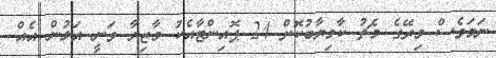
ނަމަވެސް މިރޭގެ މެޗު ކާމިޔާބުކޮށް 24 ޕޮއިންޓާއެކު މާޒިޔާ ވަނީ އަލުން އެއް